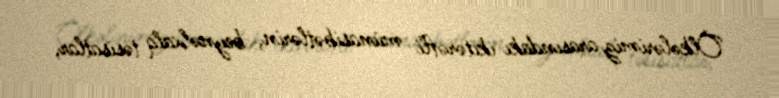
Ölkələrimiz arasındakı ikitərəfli münasibətlərin, beynəlxalq təsisatlar,